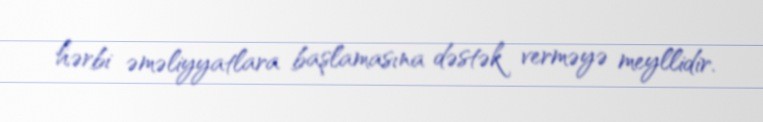
hərbi əməliyyatlara başlamasına dəstək verməyə meyllidir.